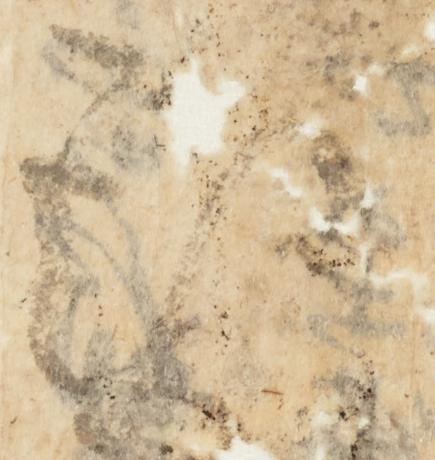
趣